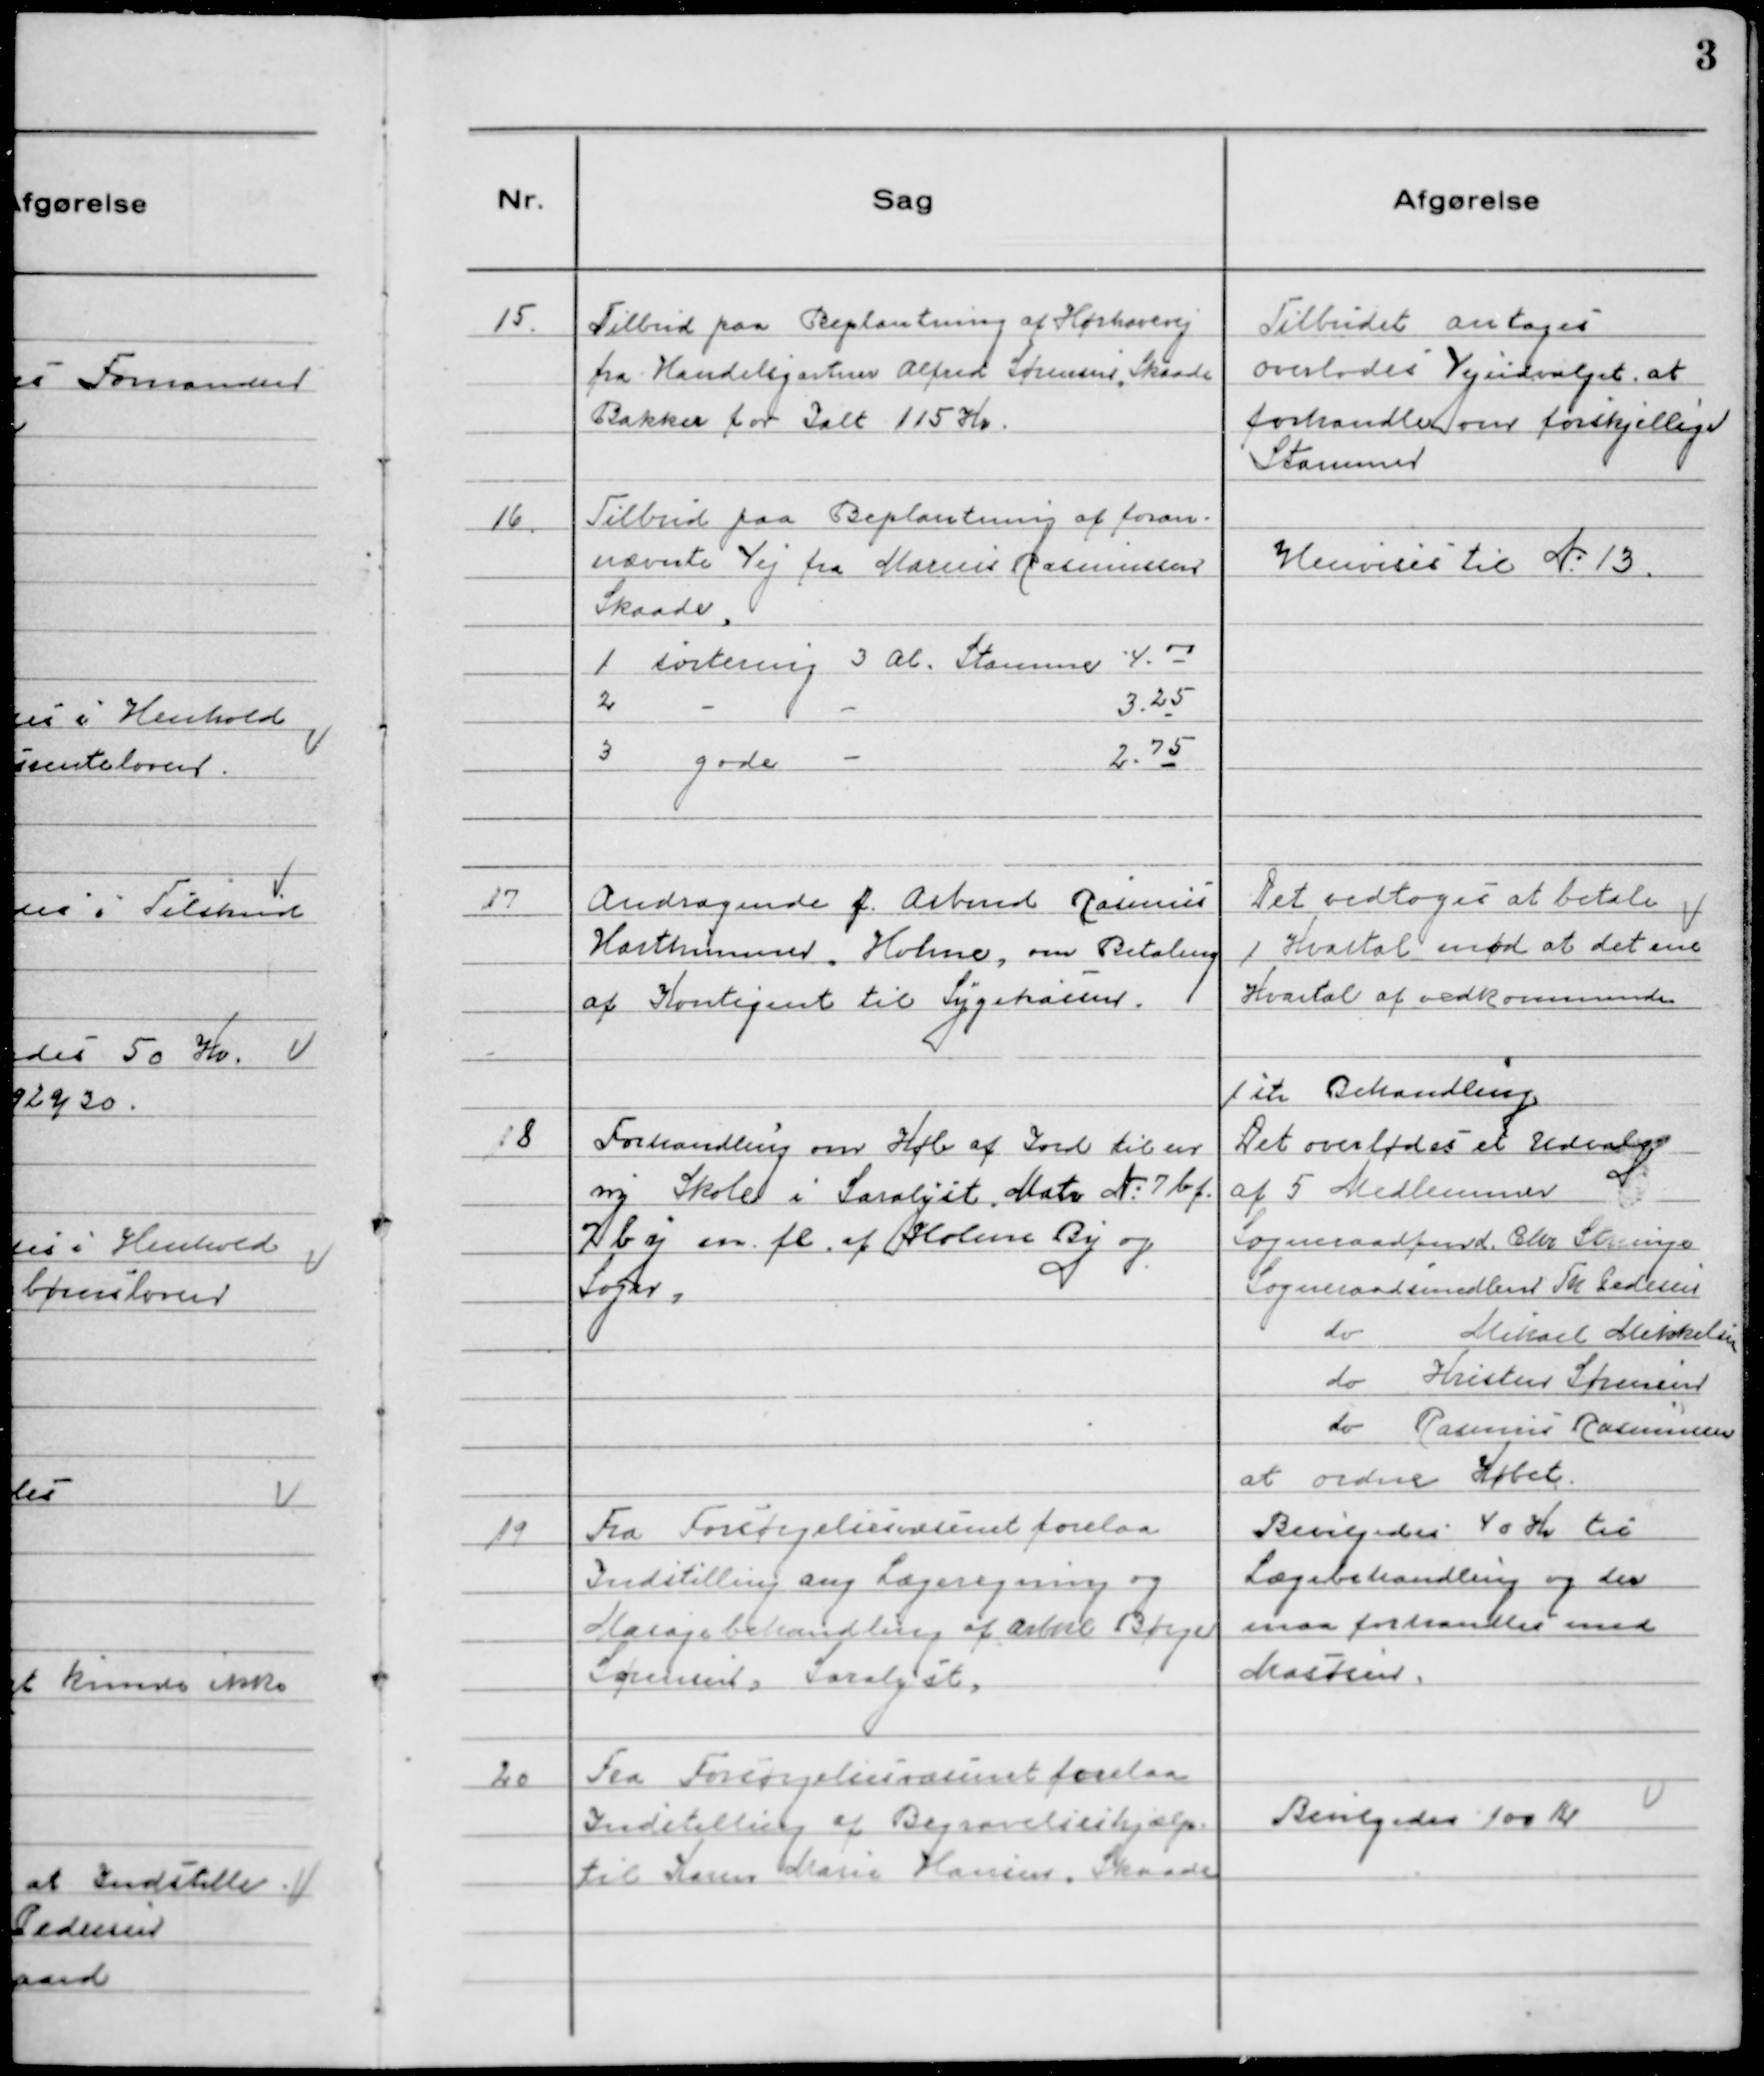
Transskription:
15. Tilbud paa Beplantning af Hørhavevej
fra Handelsgartner Alfred Sørensen Skaade
Bakker for Ialt 115 Kr.

Tilbudet antoges
overlodes Vejudvalget at
forhandle om forskjellige
Stammer

16. Tilbud paa Beplantning af foran-
nævnte Vej fra Marius Rasmussen
Skaade.
1 sortering 3 Al. Stammer 4.00
2 - - 3.25
3 gode - 2.75

Henvises til N. 13

17. Andragende f. Arbmd Rasmus
Harthammer Holme, om Betaling
af Kontigent til Sygekassen.

Det vedtoges at betale
1. Kvartal mod at det ene
Kvartal af vedkommende

18 Forhandling om Køb af Jord til en
ny Skole i Saralyst Matr N: 7 bf.
2 by m.fl. af Holme By og
Sogn.

1 ste Behandling.
Det overlodes et Udvalg
af 5 Medlemmer
Sogneraadsfmd. Chr. Strunge
Sogneraadsmedlem Th Pedersen
do Mikael Mikkelsen
do Kristen Sørensen
do Rasmus Rasmussen
at ordne Købet.

19 Fra Forsørgelsesvæsenet forelaa
Indstilling ang. Lægeregning og
Masagebehandling af Arbmd Børge
Sørensen, Saralyst.

Bevilgedes 40 Kr til
Lægebehandling og der
maa forhandles med
Masøren.

20 Fra Forsørgelsesvæsenet forelaa
Indstilling af Begravelseshjælp
til Karen Marie Hansen, Skaade

Bevilgedes 100 Kr